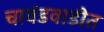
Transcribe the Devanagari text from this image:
चावंडवाडीत